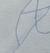
Signature authenticity: forged